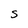
Character: S